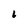
Character: 6